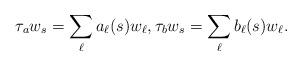
LaTeX: \begin{align*}\tau_a w_s = \sum_{\ell} a_{\ell}(s)w_{\ell}, \tau_b w_s = \sum_{\ell} b_{\ell}(s) w_{\ell}. \end{align*}